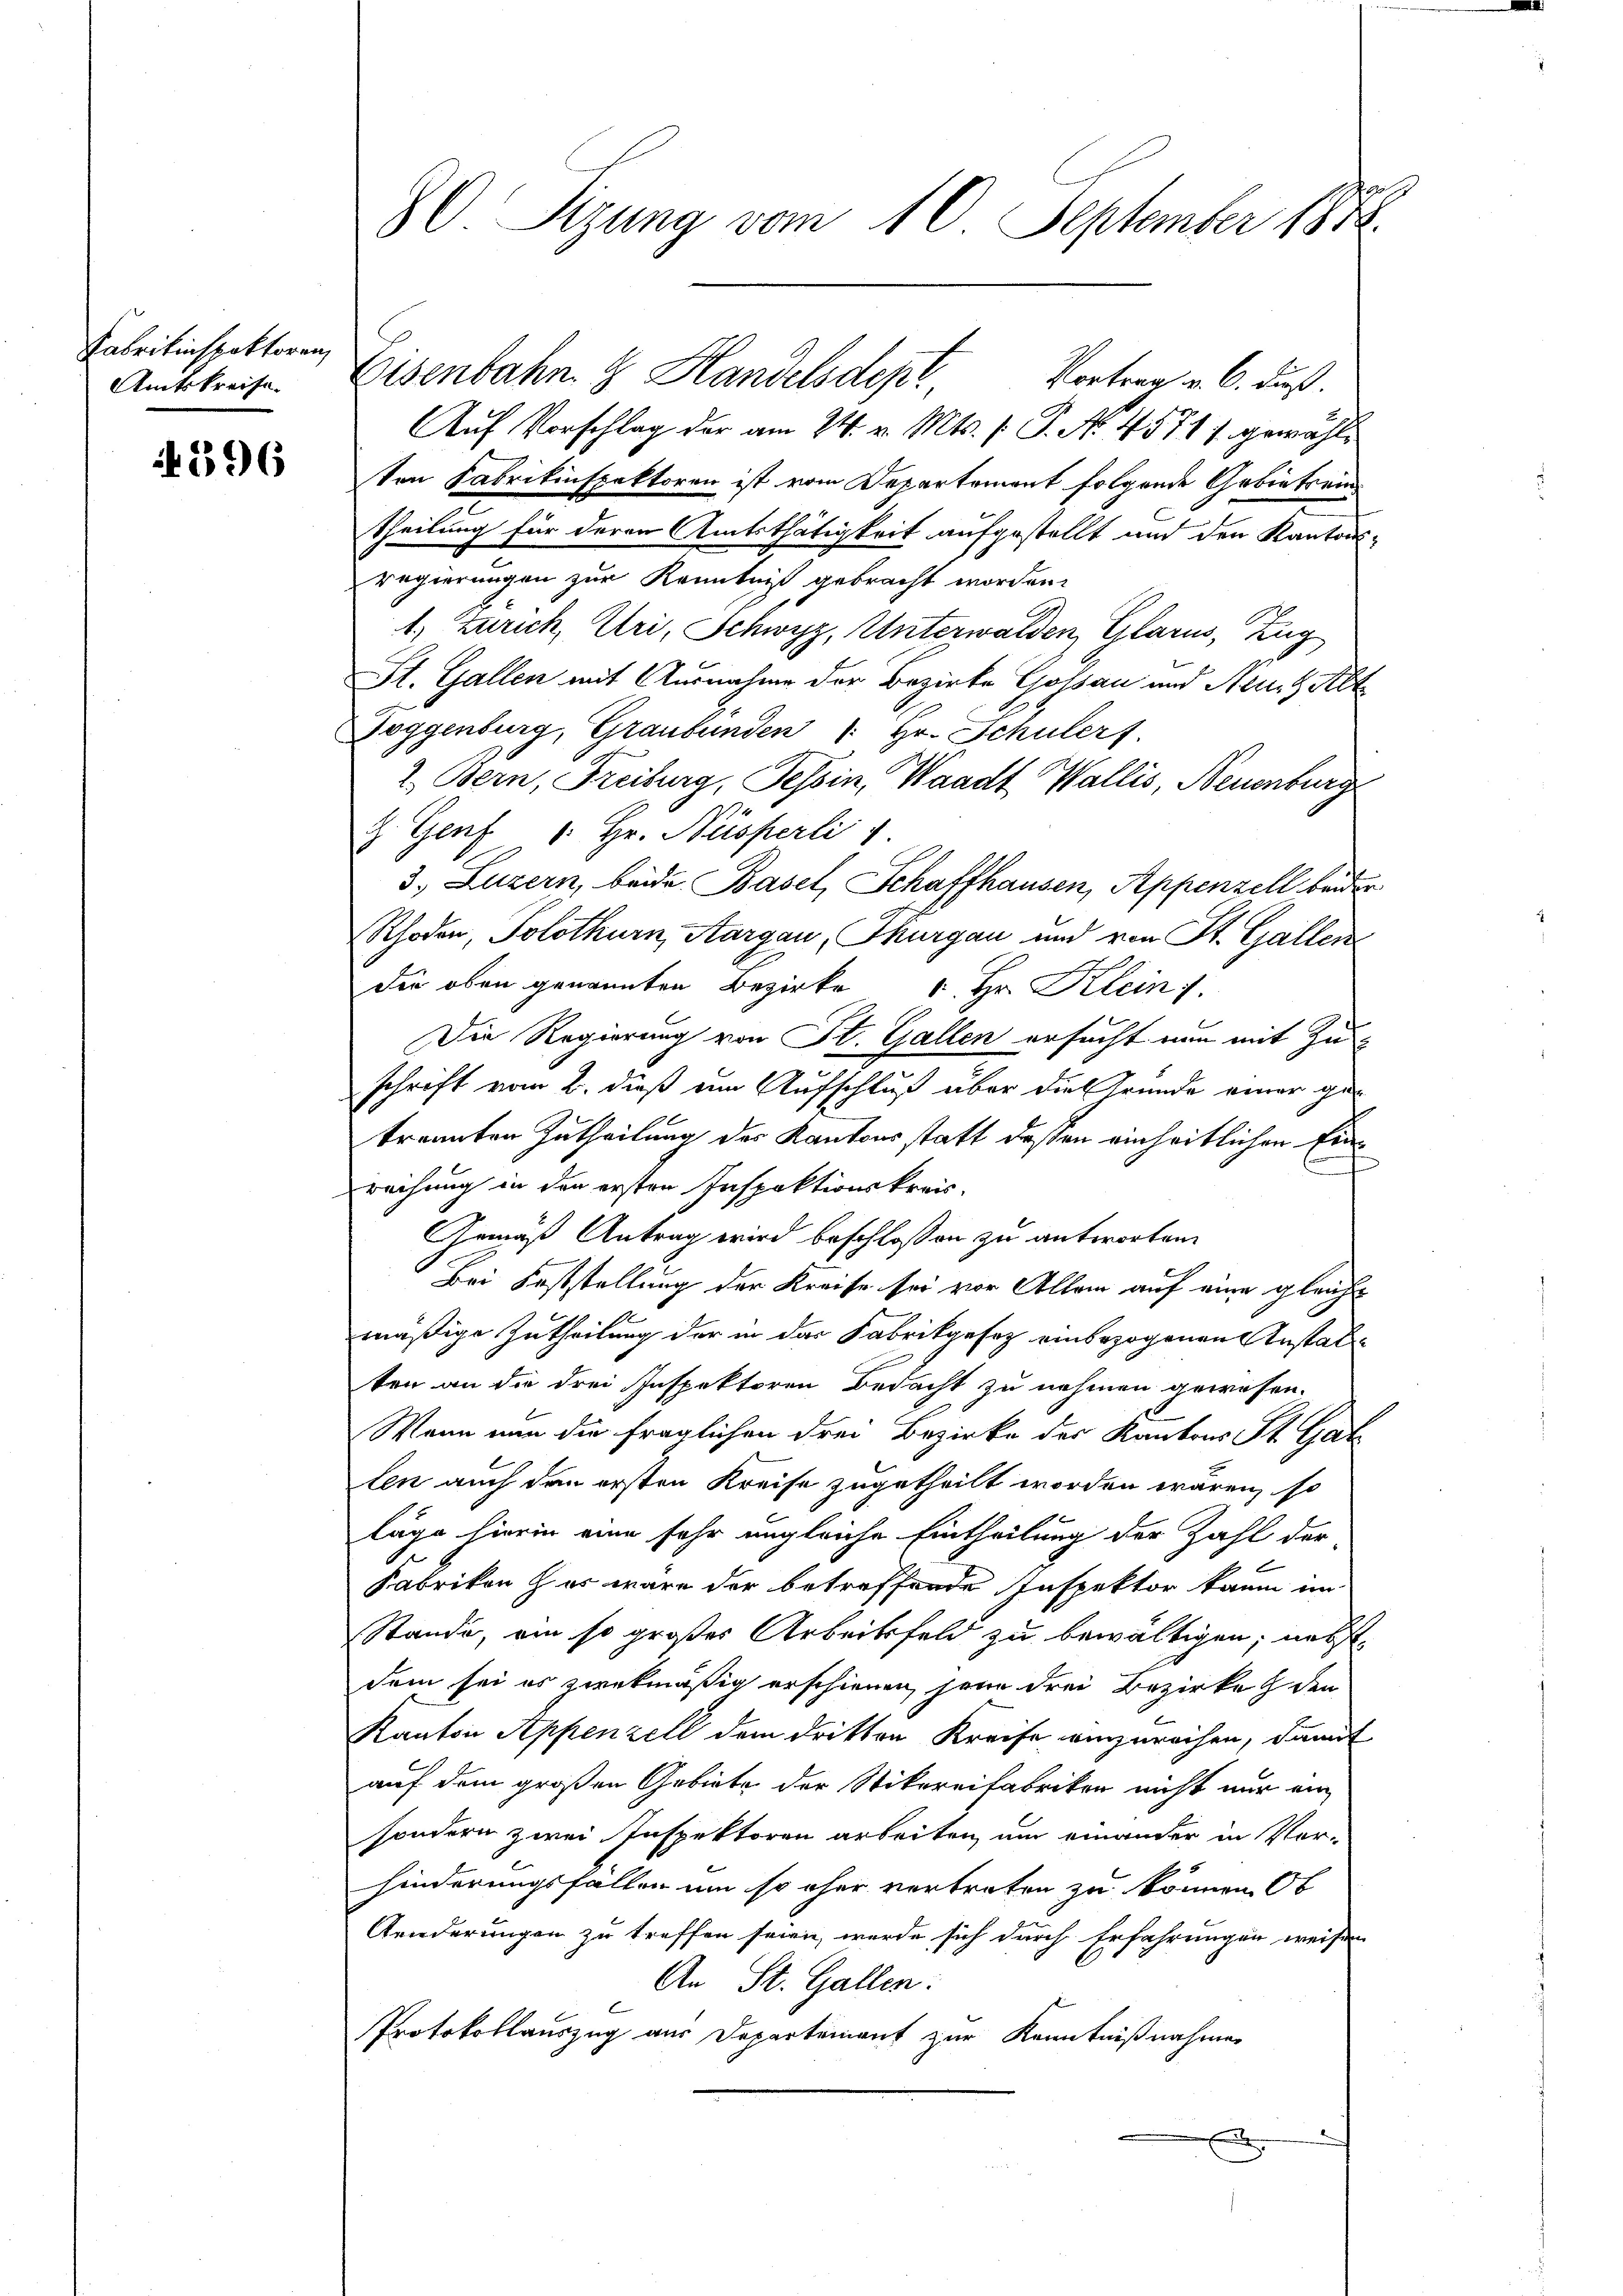
Fabrikinspektoren,
Amtskreise.

396

80 Sizung vom 10. September 1846.

Auf Vorschlag der am 24. v. Mts. (: P. No. 4571 f. gewähle
ten Fabrikinspektoren ist vom Departement folgende Gebietsein
theilung für deren Amtsthätigkeit aufgestellt und den Kantonsregierungen zur Kenntniß gebracht worden.
1) Zürich, Uri, Schwyz, Unterwalden, Glarus, Zug
St. Gallen mit Ausnahme der Bezirke Goßau und Neue Gatt
Toggenburg, Graubünden (: Hr. Schulerf
2. Bern, Freiburg, Tessin, Waadt Wallis, Neuenburg
H. Genf 1. Hr. Nüsserli
3. Luzern, beide Basel, Schaffhausen, Appenzell beider
Rhoden, Solothurn, Aargau, Thurgau und von St. Gallen
die oben genannten Bezirke u. Hr. Klein.
Die Regierung von St. Gallen ersucht nun mit Zu
schrift vom 2. dieß eine Aufschluß über die Gründe einer getrennten Zutheilung des Kantons statt dessen einheitlichen Einreichung in den ersten Inspektionskreis¬
Gemäß Antrag wird beschlossen zu antworten.
Bei Feststellung der Kreise sei vor Allem auf eine gleichmäßige Zutheilung der in das Fabrikgesez einbezogenen Anstatten an die drei Inspektoren Bedacht zu nehmen gewesen.
Wenn nun die fraglichen drei Bezirke der Kantons St. Gat
len auch den ersten Kreise zugetheilt worden wären, so
läge hierin eine sehr ungleiche Eintheilung der Zahl der
Fabrikon her wäre der betreffende Inspektor kaum im
Stande, am so großes Arbeitsfeld zu bewältigen; nebst
dem sei es zwekmäßig erschienen jene drei Bezirke den
Kanton Appenzell dem dritten Kreise einzureihen, damit
auf dem großen Gebiete der Stikereifabriker nicht nur ein
sondern zwei Inspektoren arbeiten, um einander in Vor-
hinderungsfallen um so eher vertreten zu können. Ob
Aenderungen zu treffen seien, werde sich durch Erfahrungen weisen
An St. Gallen:
Protokollauszug aus Departement zur Kenntnißnahmen

Eisenbahn & Handelsdept Vortrag v. 6. Fuß.